Problem: 2 × 6 = ?
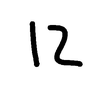
Handwritten answer: 12